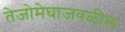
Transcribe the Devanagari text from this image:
तेजोमेघाजवळील